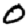
Digit: 0